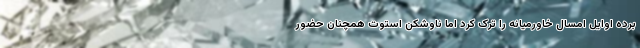
برده اوایل امسال خاورمیانه را ترک کرد اما ناوشکن استوت همچنان حضور